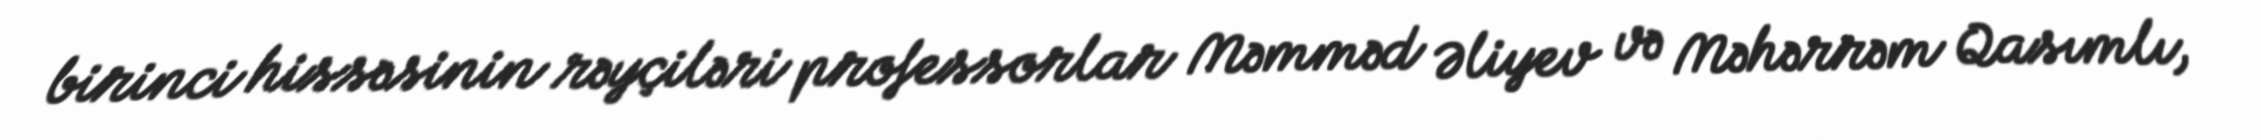
birinci hissəsinin rəyçiləri professorlar Məmməd Əliyev və Məhərrəm Qasımlı,